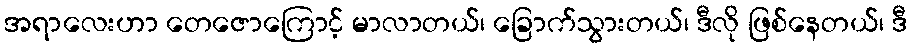
အရာလေးဟာ တေဇောကြောင့် မာလာတယ်၊ ခြောက်သွားတယ်၊ ဒီလို ဖြစ်နေတယ်၊ ဒီ